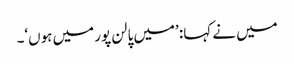
میں نے کہا: ’میں پالن پور میں ہوں‘۔